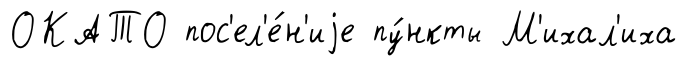
ОКАТО пос'ел'е́н'иjе пу́нкты М'ихал'иха